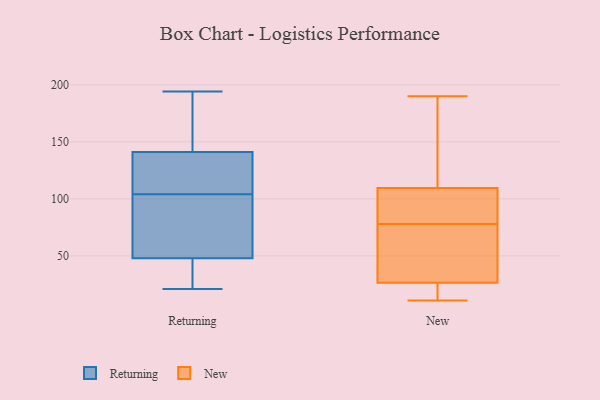
{"axis": {"x": "Latency (ms)", "y": "Value"}, "legend": ["New", "Returning"], "data": [{"x": "", "y": 104, "type": "Returning"}, {"x": "", "y": 144, "type": "Returning"}, {"x": "", "y": 30, "type": "Returning"}, {"x": "", "y": 94, "type": "Returning"}, {"x": "", "y": 194, "type": "Returning"}, {"x": "", "y": 48, "type": "Returning"}, {"x": "", "y": 97, "type": "Returning"}, {"x": "", "y": 140, "type": "Returning"}, {"x": "", "y": 100, "type": "Returning"}, {"x": "", "y": 41, "type": "Returning"}, {"x": "", "y": 21, "type": "Returning"}, {"x": "", "y": 48, "type": "Returning"}, {"x": "", "y": 119, "type": "Returning"}, {"x": "", "y": 136, "type": "Returning"}, {"x": "", "y": 191, "type": "Returning"}, {"x": "", "y": 147, "type": "Returning"}, {"x": "", "y": 139, "type": "Returning"}, {"x": "", "y": 19, "type": "New"}, {"x": "", "y": 82, "type": "New"}, {"x": "", "y": 190, "type": "New"}, {"x": "", "y": 22, "type": "New"}, {"x": "", "y": 86, "type": "New"}, {"x": "", "y": 11, "type": "New"}, {"x": "", "y": 30, "type": "New"}, {"x": "", "y": 39, "type": "New"}, {"x": "", "y": 28, "type": "New"}, {"x": "", "y": 92, "type": "New"}, {"x": "", "y": 162, "type": "New"}, {"x": "", "y": 173, "type": "New"}, {"x": "", "y": 78, "type": "New"}]}